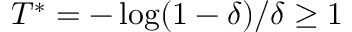
T ^ { * } = - \log ( 1 - \delta ) / \delta \geq 1